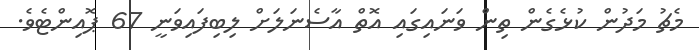
މެޗު މަދުން ކުޅެގެން ތިން ވަނައިގައި އޮތް އާސެނަލަށް ލިބިފައިވަނީ 67 ޕޮއިންޓެވެ.